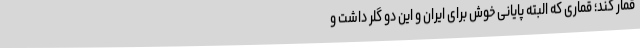
قمار کند؛ قماری که البته پایانی خوش برای ایران و این دو گلر داشت و